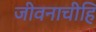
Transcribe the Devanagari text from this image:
जीवनाचीहि